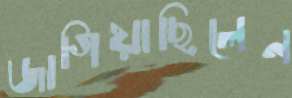
জাগিয়াছিলেন